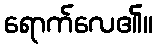
ရောက်လေ၏။